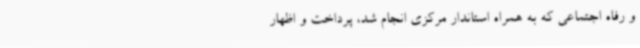
و رفاه اجتماعی که به همراه استاندار مرکزی انجام شد، پرداخت و اظهار